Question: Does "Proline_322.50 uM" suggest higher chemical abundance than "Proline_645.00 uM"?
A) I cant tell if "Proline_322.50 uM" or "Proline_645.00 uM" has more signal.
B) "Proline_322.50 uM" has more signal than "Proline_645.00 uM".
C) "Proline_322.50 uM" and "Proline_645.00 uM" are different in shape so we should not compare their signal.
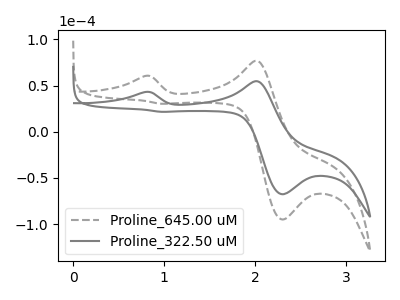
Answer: <think>The gray dashed curve "Proline_645.00 uM" has anodic peaks at (0.80V, 60.40uA) (2.00V, 76.75uA) and cathodic peaks at (2.30V, -94.90uA) (0.95V, 30.25uA). The gray curve "Proline_322.50 uM" has anodic peaks at (0.80V, 43.00uA) (2.00V, 54.70uA) and cathodic peaks at (2.30V, -67.60uA) (0.95V, 21.55uA).
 All the peaks in "Proline_322.50 uM" have a peak in "Proline_645.00 uM" at the same potential.</think>
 <answer>A) I cant tell if "Proline_322.50 uM" or "Proline_645.00 uM" has more signal.</answer>
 <eval>A</eval>